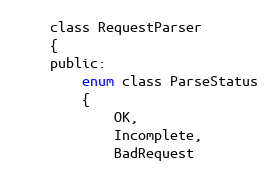
Language: C
    class RequestParser
    {
    public:
        enum class ParseStatus
        {
            OK,
            Incomplete,
            BadRequest